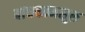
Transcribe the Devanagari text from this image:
बांधकामसुरु